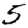
Digit: 5